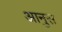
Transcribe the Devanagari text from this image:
आनुस